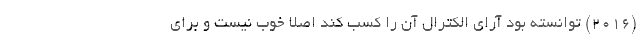
(2016) توانسته بود آرای الکترال آن را کسب کند اصلا خوب نیست و برای